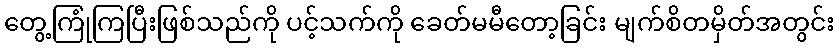
တွေ့ကြုံကြပြီးဖြစ်သည်ကို ပင့်သက်ကို ခေတ်မမီတော့ခြင်း မျက်စိတမှိတ်အတွင်း